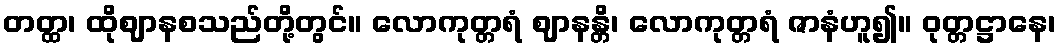
တတ္ထ၊ ထိုဈာနစသည်တို့တွင်။ လောကုတ္တရံ ဈာနန္တိ၊ လောကုတ္တရံ ဇာနံဟူ၍။ ဝုတ္တဋ္ဌာနေ၊